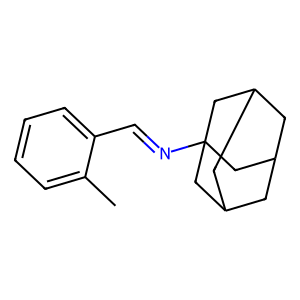
SMILES: Cc1ccccc1C=NC12CC3CC(CC(C3)C1)C2
Inhibits HIV replication: No